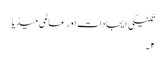
تکنیکی ایجادات اور عالمی میڈیا
۲۔